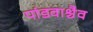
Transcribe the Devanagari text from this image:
पांडवाश्चैव